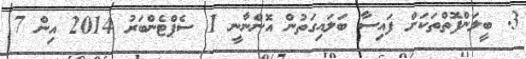
3. ބީލަންފޮތްތަކަށް ފައިސާ ބަލައިގަތުން އޮންނާނީ 1 ސެޕްޓެންބަރު 2014 އިން 7